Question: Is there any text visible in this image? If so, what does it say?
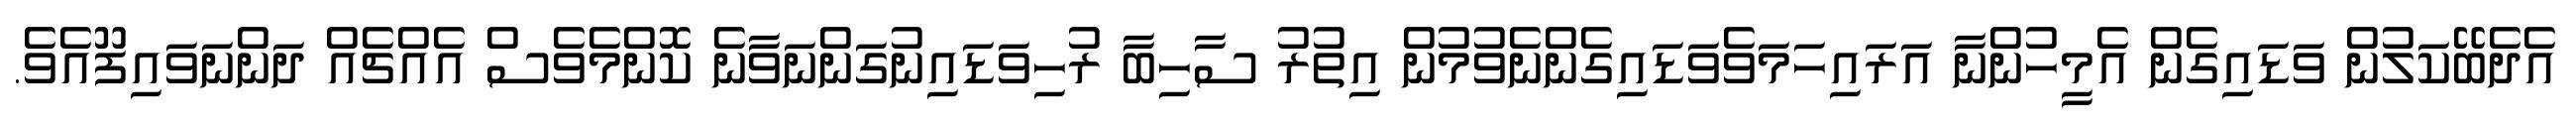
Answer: އެދެބޭކަލުން ވަޑައިގެން އެމީހުންނާ އަރައިހަމަވެވަޑައިގެންނެވުމުން އިތުރު ސާހިބާ ރުހިވަޑައިނުގަންނަވާނެ ކޮންމެވެސް އެއްޗެއް ދަންނަވައިފޫއެވެ.